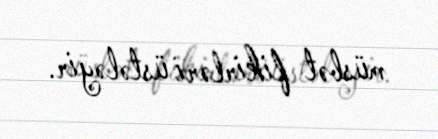
müsbət fikirləri üstələyir.